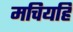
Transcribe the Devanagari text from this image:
मचियहिं